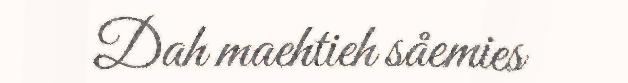
Dah maehtieh såemies